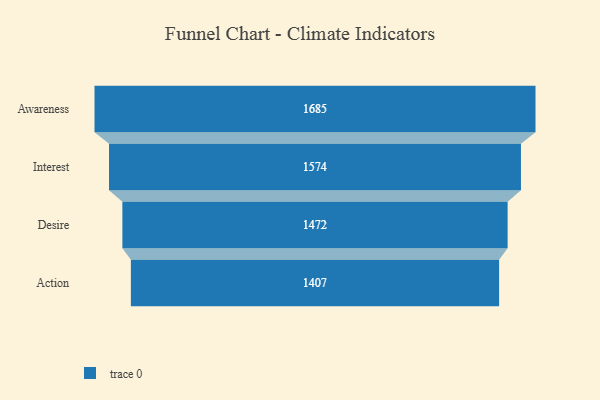
{"axis": {"x": "Stage", "y": "Value"}, "legend": [""], "data": [{"x": "Awareness", "y": 1685.0, "type": ""}, {"x": "Interest", "y": 1574.0, "type": ""}, {"x": "Desire", "y": 1472.0, "type": ""}, {"x": "Action", "y": 1407.0, "type": ""}]}